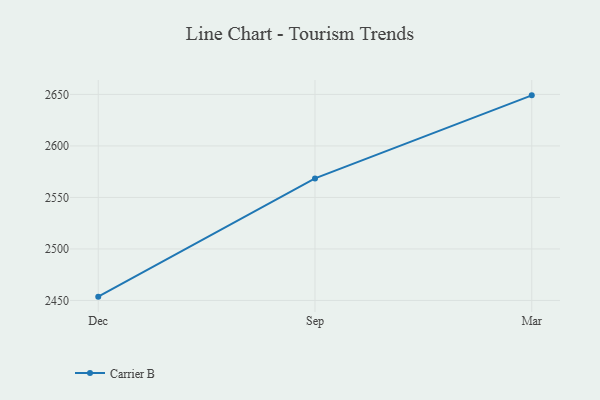
{"axis": {"x": "Month", "y": "Conversion Rate (%)"}, "legend": ["Carrier B"], "data": [{"x": "Dec", "y": 2453.7, "type": "Carrier B"}, {"x": "Sep", "y": 2568.5, "type": "Carrier B"}, {"x": "Mar", "y": 2649.1, "type": "Carrier B"}]}